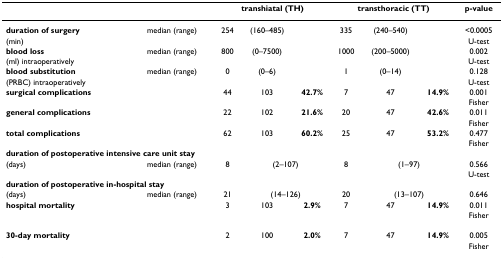
<table><thead><tr><td></td><td></td><td colspan="3"><b>transhiatal (TH)</b></td><td colspan="3"><b>transthoracic (TT)</b></td><td><b>p-value</b></td></tr></thead><tbody><tr><td><b>duration of surgery</b></td><td>median (range)</td><td>254</td><td>(160–485)</td><td></td><td>335</td><td>(240–540)</td><td></td><td>&lt;0.0005</td></tr><tr><td>(min)</td><td></td><td></td><td></td><td></td><td></td><td></td><td></td><td>U-test</td></tr><tr><td><b>blood loss</b></td><td>median (range)</td><td>800</td><td>(0–7500)</td><td></td><td>1000</td><td>(200–5000)</td><td></td><td>0.002</td></tr><tr><td>(ml) intraoperatively</td><td></td><td></td><td></td><td></td><td></td><td></td><td></td><td>U-test</td></tr><tr><td><b>blood substitution</b></td><td>median (range)</td><td>0</td><td>(0–6)</td><td></td><td>1</td><td>(0–14)</td><td></td><td>0.128</td></tr><tr><td>(PRBC) intraoperatively</td><td></td><td></td><td></td><td></td><td></td><td></td><td></td><td>U-test</td></tr><tr><td colspan="2"><b>surgical complications</b></td><td>44</td><td>103</td><td><b>42.7%</b></td><td>7</td><td>47</td><td><b>14.9%</b></td><td>0.001</td></tr><tr><td></td><td></td><td></td><td></td><td></td><td></td><td></td><td></td><td>Fisher</td></tr><tr><td colspan="2"><b>general complications</b></td><td>22</td><td>102</td><td><b>21.6%</b></td><td>20</td><td>47</td><td><b>42.6%</b></td><td>0.011</td></tr><tr><td></td><td></td><td></td><td></td><td></td><td></td><td></td><td></td><td>Fisher</td></tr><tr><td colspan="2"><b>total complications</b></td><td>62</td><td>103</td><td><b>60.2%</b></td><td>25</td><td>47</td><td><b>53.2%</b></td><td>0.477</td></tr><tr><td></td><td></td><td></td><td></td><td></td><td></td><td></td><td></td><td>Fisher</td></tr><tr><td colspan="2"><b>duration of postoperative intensive care unit stay</b></td><td></td><td></td><td></td><td></td><td></td><td></td><td></td></tr><tr><td>(days)</td><td>median (range)</td><td>8</td><td colspan="2">(2–107)</td><td>8</td><td colspan="2">(1–97)</td><td>0.566</td></tr><tr><td></td><td></td><td></td><td></td><td></td><td></td><td></td><td></td><td>U-test</td></tr><tr><td colspan="2"><b>duration of postoperative in-hospital stay</b></td><td></td><td></td><td></td><td></td><td></td><td></td><td></td></tr><tr><td>(days)</td><td>median (range)</td><td>21</td><td colspan="2">(14–126)</td><td>20</td><td colspan="2">(13–107)</td><td>0.646</td></tr><tr><td><b>hospital mortality</b></td><td></td><td>3</td><td>103</td><td><b>2.9%</b></td><td>7</td><td>47</td><td><b>14.9%</b></td><td>0.011</td></tr><tr><td></td><td></td><td></td><td></td><td></td><td></td><td></td><td></td><td>Fisher</td></tr><tr><td colspan="2"><b>30-day mortality</b></td><td>2</td><td>100</td><td><b>2.0%</b></td><td>7</td><td>47</td><td><b>14.9%</b></td><td>0.005</td></tr><tr><td></td><td></td><td></td><td></td><td></td><td></td><td></td><td></td><td>Fisher</td></tr></tbody></table>